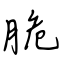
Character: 脆